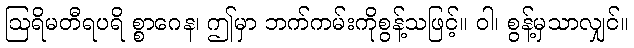
ဩရိမတီရပရိ စ္စာဂေန၊ ဤမှာ ဘက်ကမ်းကိုစွန့်သဖြင့်။ ဝါ၊ စွန့်မှသာလျှင်။